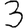
Digit: 3